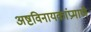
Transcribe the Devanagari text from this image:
अष्टविनायकांप्रमाणे